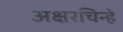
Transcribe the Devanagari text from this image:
अक्षरचिन्हे